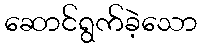
ဆောင်ရွက်ခဲ့သော